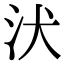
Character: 汱